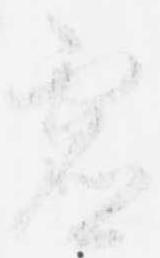
虚